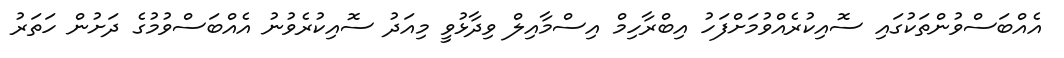
އެއްބަސްވުންތަކުގައި ސޮއިކުރެއްވުމަށްފަހު އިބްރާހިމް އިސްމާއިލް ވިދާޅުވީ މިއަދު ސޮއިކުރެވުނު އެއްބަސްވުމުގެ ދަށުން ހަތަރު